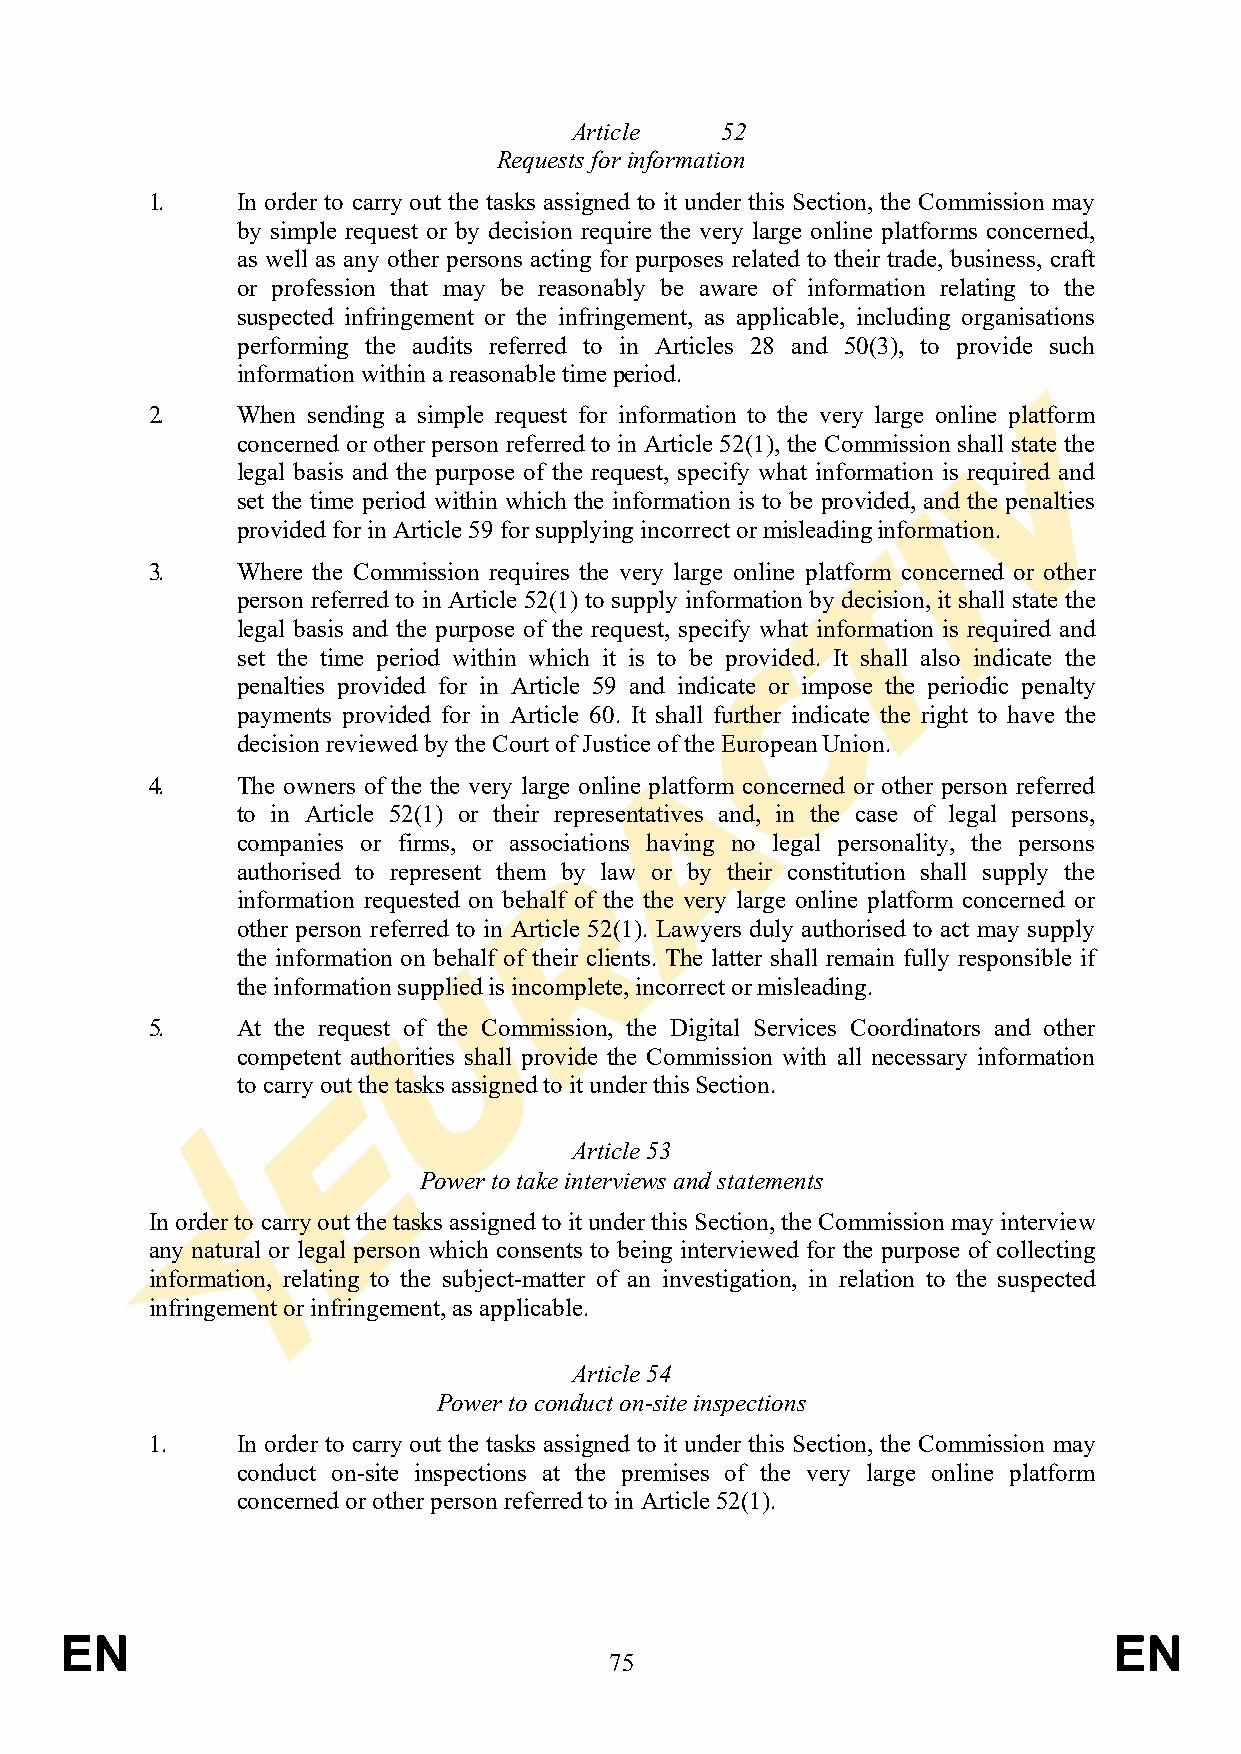
Article   52
 Requests for information
 1.    In order to carry out the tasks assigned to it under this Section, the Commission may
 by simple request or by decision require the very large online platforms concerned,
 as well as any other persons acting for purposes related to their trade, business, craft
 or profession that may be reasonably be aware of information relating to the
 suspected infringement or the infringement, as applicable, including organisations
 performing the audits referred to in Articles 28 and 50(3), to provide such
 information within a reasonable time period.
 2.    When sending a simple request for information to the very large online platform
 concerned or other person referred to in Article 52(1), the Commission shall state the
 legal basis and the purpose of the request, specify what information is required and
 set the time period within which the information is to be provided, and the penalties
 provided for in Article 59 for supplying incorrect or misleading information.
 3.    Where the Commission requires the very large online platform concerned or other
 person referred to in Article 52(1) to supply information by decision, it shall state the
 legal basis and the purpose of the request, specify what information is required and
 set the time period within which it is to be provided. It shall also indicate the
 penalties provided for in Article 59 and indicate or impose the periodic penalty
 payments provided for in Article 60. It shall further indicate the right to have the
 decision reviewed by the Court of Justice of the European Union.
 4.    The owners of the the very large online platform concerned or other person referred
 to in Article 52(1) or their representatives and, in the case of legal persons,
 companies or firms, or associations having no legal personality, the persons
 authorised to represent them by law or by their constitution shall supply the
 information requested on behalf of the the very large online platform concerned or
 other person referred to in Article 52(1). Lawyers duly authorised to act may supply
 the information on behalf of their clients. The latter shall remain fully responsible if
 the information supplied is incomplete, incorrect or misleading.
 5.    At the request of the Commission, the Digital Services Coordinators and other
 competent authorities shall provide the Commission with all necessary information
 to carry out the tasks assigned to it under this Section.
 Article 53
 Power to take interviews and statements
 In order to carry out the tasks assigned to it under this Section, the Commission may interview
 any natural or legal person which consents to being interviewed for the purpose of collecting
 information, relating to the subject-matter of an investigation, in relation to the suspected
 infringement or infringement, as applicable.
 Article 54
 Power to conduct on-site inspections
 1.    In order to carry out the tasks assigned to it under this Section, the Commission may
 conduct on-site inspections at the premises of the very large online platform
 concerned or other person referred to in Article 52(1).
 EN                                                                    EN
 75